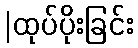
|ထုပ်ပိုးခြင်း